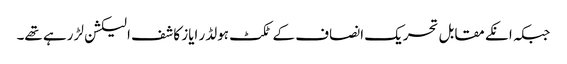
جبکہ انکے مقابل تحریک انصاف کے ٹکٹ ہولڈر ایاز کاشف الیکشن لڑ رہے تھے۔